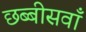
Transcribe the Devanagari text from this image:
छब्बीसवाँ